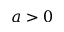
a > 0